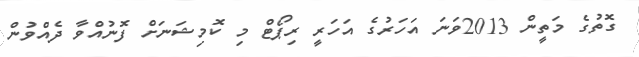
ގޮތުގެ މަތީން 2013ވަނަ އަހަރުގެ އަހަރީ ރިޕޯޓް މި ކޮމިޝަނަށް ފޮނުއްވާ ދެއްވުން